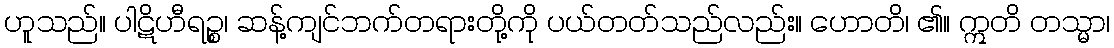
ဟူသည်။ ပါဋိဟီရဉ္စ၊ ဆန့်ကျင်ဘက်တရားတို့ကို ပယ်တတ်သည်လည်း။ ဟောတိ၊ ၏။ ဣတိ တသ္မာ၊